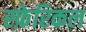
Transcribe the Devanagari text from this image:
स्फ़ेरिकल